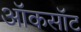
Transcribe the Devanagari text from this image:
ऑकसॉट